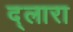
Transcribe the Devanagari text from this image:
द्लारा